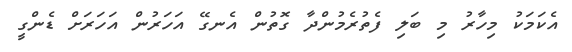
އެކަމަކު މިހާރު މި ބަލި ފެތުރެމުންދާ ގޮތުން އެނގޭ އަހަރުން އަހަރަށް ޑެންގީ